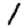
Digit: 1